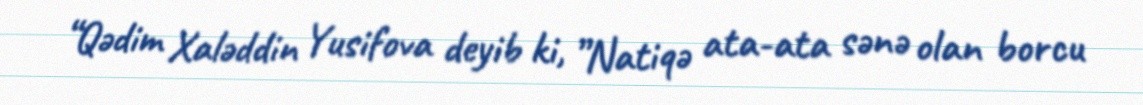
“Qədim Xaləddin Yusifova deyib ki, ”Natiqə ata-ata sənə olan borcu